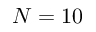
N = 1 0